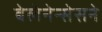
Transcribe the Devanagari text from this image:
बेलेनेन्सेसने